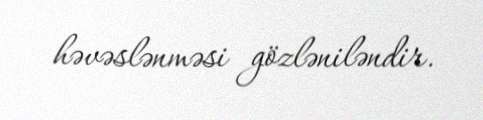
həvəslənməsi gözləniləndir.